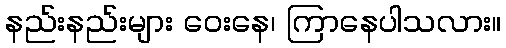
နည်းနည်းများ ဝေးနေ၊ ကြာနေပါသလား။